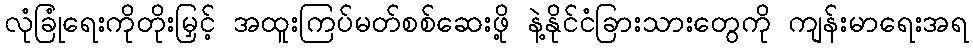
လုံခြုံရေးကိုတိုးမြှင့် အထူးကြပ်မတ်စစ်ဆေးဖို့ နဲ့နိုင်ငံခြားသားတွေကို ကျန်းမာရေးအရ